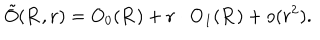
LaTeX: \tilde { O } ( { \bf R } , { \bf r } ) = O _ { 0 } ( { \bf R } ) + { \bf r } \cdot { \bf O } _ { 1 } ( { \bf R } ) + o ( r ^ { 2 } ) .